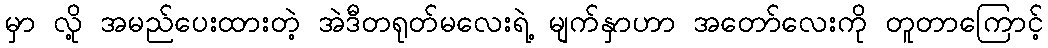
မှာ လို့ အမည်ပေးထားတဲ့ အဲဒီတရုတ်မလေးရဲ့ မျက်နှာဟာ အတော်လေးကို တူတာကြောင့်